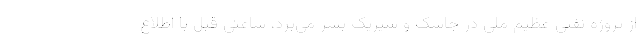
از پروژه نفتی عظیم ملی در جاسک و سیریک بسر می‌برد، ساعتی قبل با اطلاع